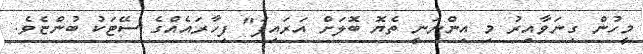
މީހުން ގިނަވާއިރު މި އިންނަނީ ތެޔޮ ބޮލަށް އަރައިފަ" ފިހާރައެއްގެ ސޭޓަކު ބުންޏެވެ.